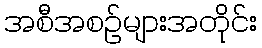
အစီအစဉ်များအတိုင်း